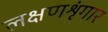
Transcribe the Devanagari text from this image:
लक्षणशृंगार